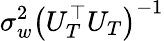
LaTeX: \sigma_{w}^{2}\left(U_{T}^{\top}U_{T}\right)^{-1}